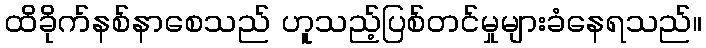
ထိခိုက်နစ်နာစေသည် ဟူသည့်ပြစ်တင်မှုများခံနေရသည်။